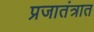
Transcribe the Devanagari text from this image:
प्रजातंत्रात